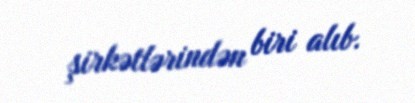
şirkətlərindən biri alıb.